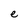
Character: e